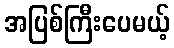
အပြစ်ကြီးပေမယ့်